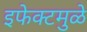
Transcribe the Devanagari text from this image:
इफेक्टमुळे